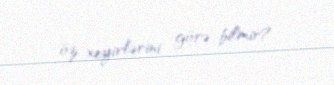
öz xeyirlərini görə bilmir?.